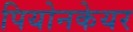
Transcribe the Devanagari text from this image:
पियोनकेयर